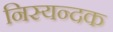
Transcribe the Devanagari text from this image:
निस्यन्दक